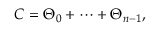
{ \cal C } = \Theta _ { 0 } + \cdots + \Theta _ { n - 1 } ,